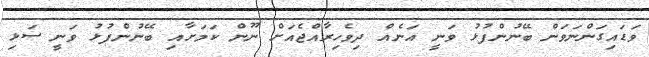
ވަޑައިގަންނަވަން ބޭނުންފުޅު ވަނީ އަނެއް ދިވެހިރާއްޖެއަށް ނޫން ކަމަށާއި ބޭނުންފުޅު ވަނީ ސަޅި